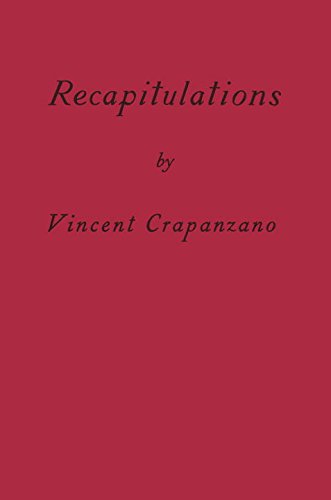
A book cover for Recapitulations; Vincent Crapanzano; Biographies & Memoirs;